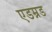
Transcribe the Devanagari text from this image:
एडम्नड